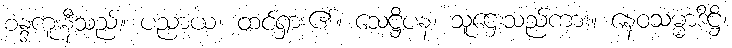
စန္ဒကူးနီသည်။ ပညာယ၊ ထင်ရှား၏။ သေဋ္ဌိပန၊ သူဌေးသည်ကား။ နေဝသမ္မာဒိဋ္ဌိ၊